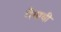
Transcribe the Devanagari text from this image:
मँगायी